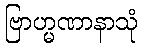
ဗြာဟ္မဏာနာသုံ